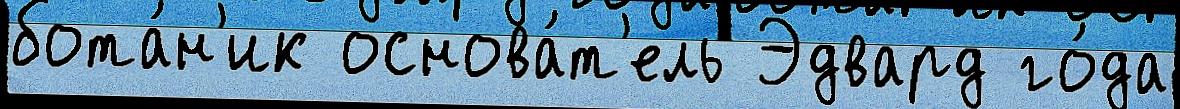
бота́н'ик основа́т'ель Эдвард го́да